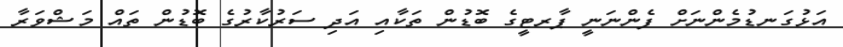
އަޅުގަނޑުމެންނަށް ފެންނަނީ ޕާރޓީގެ ބޮޑުން ތަކާއި އަދި ސަރުކާރުގެ ބޮޑުން ތައް މަޝްވަރާ